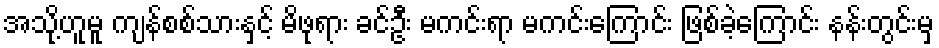
အသို့ဟူမူ ကျန်စစ်သားနှင့် မိဖုရား ခင်ဦး မကင်းရာ မကင်းကြောင်း ဖြစ်ခဲ့ကြောင်း နန်းတွင်းမှ